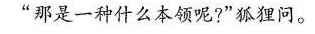
”那是一种什么本领呢?”狐狸问。